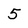
Character: 5